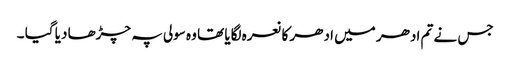
جس نے تم ادھر میں ادھر کا نعرہ لگایا تھا وہ سولی پہ چڑھا دیا گیا ۔